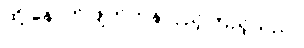
ထို့ နောက် ဖျတ်ကနဲလှည့်ကြည့်သည်။